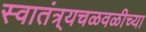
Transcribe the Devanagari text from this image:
स्वातंत्र्यचळवळीच्या